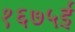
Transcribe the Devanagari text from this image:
१६७५ई